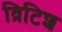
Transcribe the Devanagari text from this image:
व्रिटिश